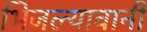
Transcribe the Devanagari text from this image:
भिजल्यावानी